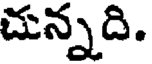
చున్నది.